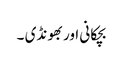
بچکانی اور بھونڈی ۔